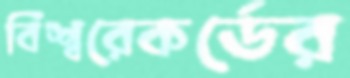
বিশ্বরেকর্ডের